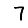
Digit: 7